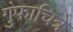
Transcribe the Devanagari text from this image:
गुंफाचित्रे